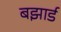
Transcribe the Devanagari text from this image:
बझार्ड